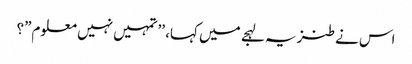
اس نے طنزیہ لہجے میں کہا، ’’تمہیں نہیں معلوم”؟